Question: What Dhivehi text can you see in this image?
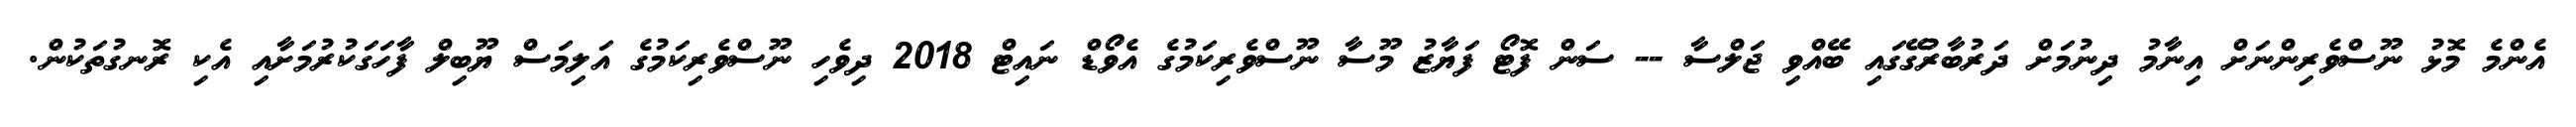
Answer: އެންމެ މޮޅު ނޫސްވެރިންނަށް އިނާމު ދިނުމަށް ދަރުބާރުގޭގައި ބޭއްވި ޖަލްސާ -- ސަން ފޮޓޯ ފަޔާޒު މޫސާ ނޫސްވެރިކަމުގެ އެވޯޑް ނައިޓް 2018 ދިވެހި ނޫސްވެރިކަމުގެ އަލިމަސް ޔޫބިލް ފާހަގަކުރުމަށާއި އެކި ރޮނގުތަކުން.